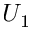
U _ { 1 }